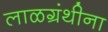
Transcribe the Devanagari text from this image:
लाळग्रंथीना